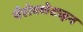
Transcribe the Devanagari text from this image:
पैरोक्सेटाइन